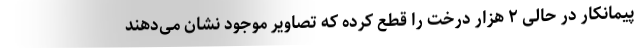
پیمانکار در حالی ۲ هزار درخت را قطع کرده که تصاویر موجود نشان می‌دهند